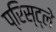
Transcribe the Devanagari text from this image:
प्रिस्ट्ले